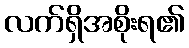
လက်ရှိအစိုးရ၏